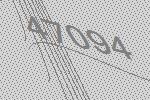
47094